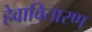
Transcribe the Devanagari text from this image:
हेवावितारण